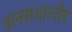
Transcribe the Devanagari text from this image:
वानसशास्त्रीय